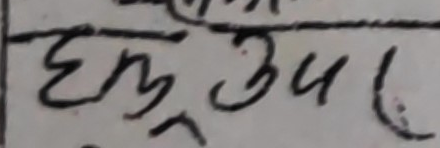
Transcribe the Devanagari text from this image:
ह्र उ ल